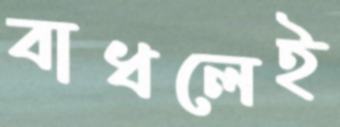
বাধলেই